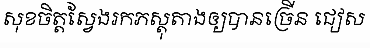
សុខចិត្តស្វែងរកភស្តុតាងឲ្យបានច្រើន ជៀស